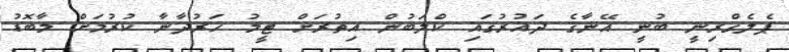
ޕެލެގްރިނީ ބުނީ އޭނާގެ ދައުރުގައި ކްލަބުން އިތުރަށް ޓީމު ހަރުދާނާ ކުރުމަށް މާބޮޑު